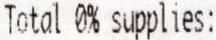
TOTAL 0% SUPPLIES: